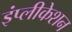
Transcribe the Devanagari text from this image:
इंप्लीकेशन